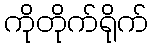
ကိုတိုက်ရိုက်